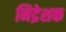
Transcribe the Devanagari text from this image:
निद्रेशक